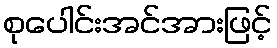
စုပေါင်းအင်အားဖြင့်